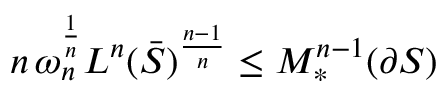
n \, \omega _ { n } ^ { \frac { 1 } { n } } L ^ { n } ( { \bar { S } } ) ^ { \frac { n - 1 } { n } } \leq M _ { * } ^ { n - 1 } ( \partial S )